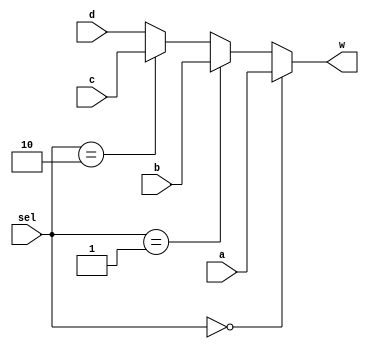
`timescale 1ps/1ps
module Mux_32bit_2to4(input [31:0]a,b,c,d,input [1:0]sel,output [31:0]w);
	assign w=(sel==2'b00)? a :(sel==2'b01) ? b:(sel==2'b10)? c: d;
endmodule